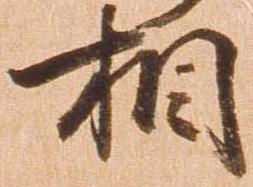
相